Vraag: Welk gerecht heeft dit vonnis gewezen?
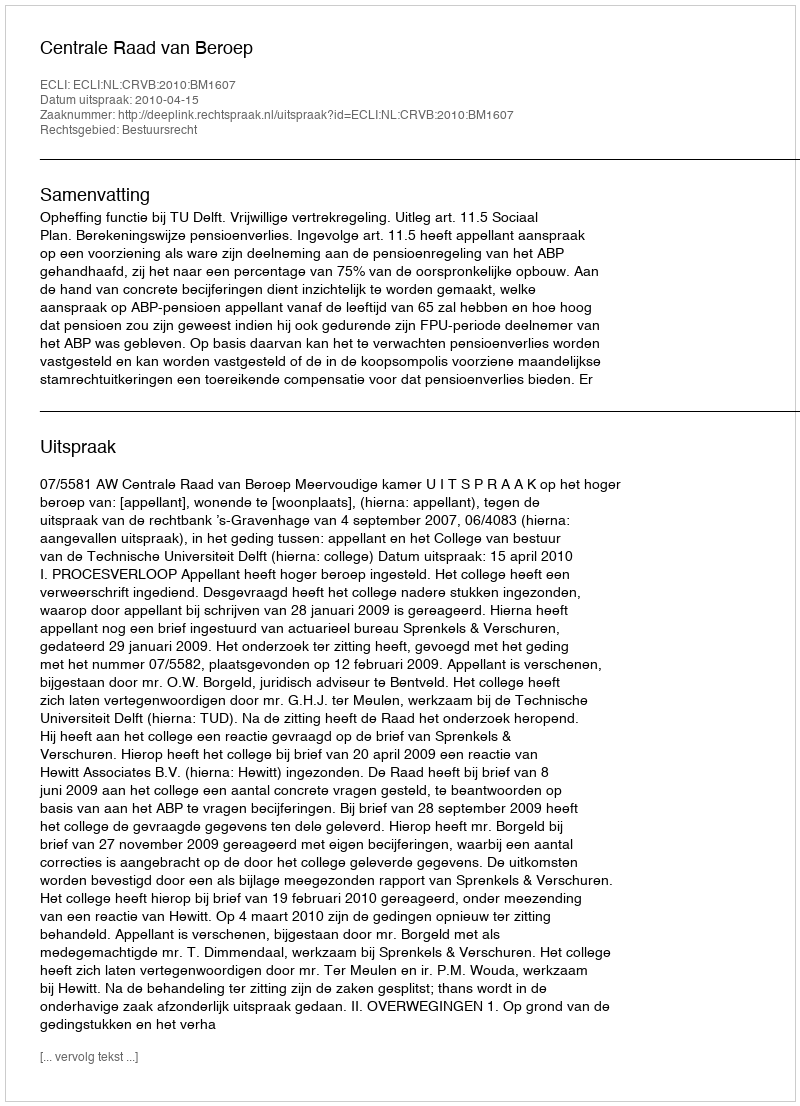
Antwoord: Centrale Raad van Beroep